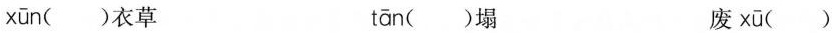
xūn ( )衣草 tān ( )塌 废 xū ( )